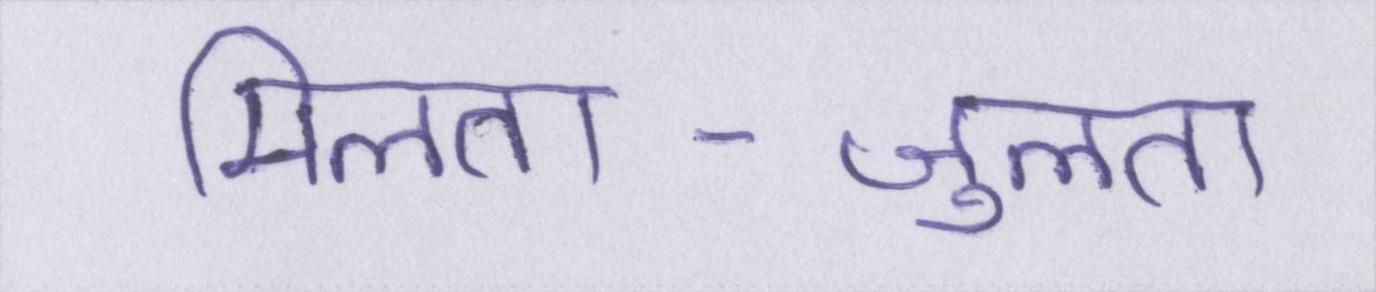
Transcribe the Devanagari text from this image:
मिलता-जुलता